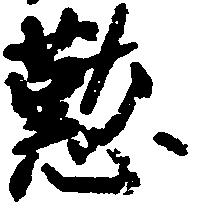
懃